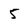
Character: 5